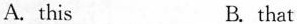
A.this B.that